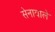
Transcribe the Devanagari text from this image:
सेनावाले